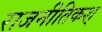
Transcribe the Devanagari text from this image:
राजनीतिकश्